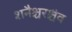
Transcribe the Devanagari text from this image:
शनैश्चरश्चैव